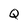
Character: Q